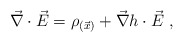
\begin{align*}\vec{\nabla}\cdot \vec{E}=\rho_{(\vec{x})}+\vec{\nabla}h\cdot\vec{E}\ ,\end{align*}